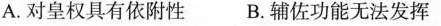
A.对皇权具有依附性 B.辅佐功能无法发挥